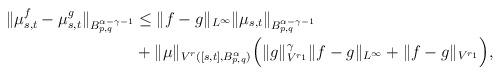
LaTeX: \begin{align*} \begin{aligned} \| \mu_{s,t}^f - \mu_{s,t}^g \|_{B^{\alpha - \gamma - 1}_{p,q}} &\le \| f - g \|_{L^\infty} \| \mu_{s,t}\|_{B^{\alpha - \gamma - 1}_{p,q}}\\ &+ \|\mu \|_{V^r([s,t],B^\alpha_{p,q})} \Big( \|g\|_{V^{r_1}}^\gamma \| f - g\|_{L^\infty} + \|f-g\|_{V^{r_1}}\Big), \end{aligned}\end{align*}